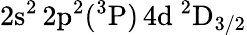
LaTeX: \mathrm{2s^{2}\, 2p^{2}(^{3}P)\, 4d~^{2}D_{3/2}}